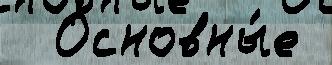
  Основны́е